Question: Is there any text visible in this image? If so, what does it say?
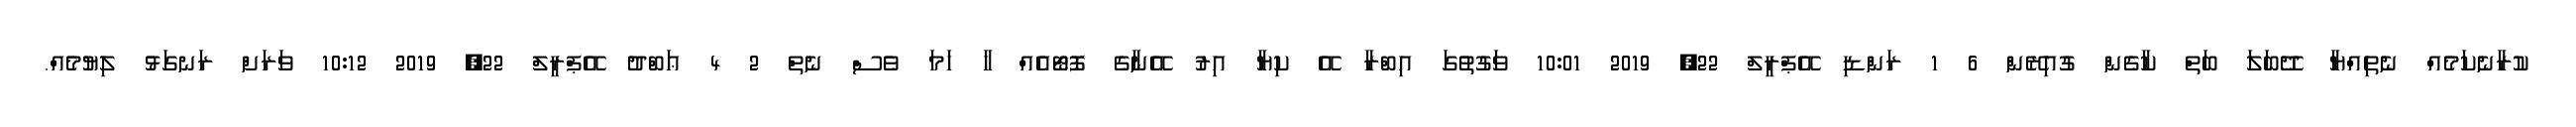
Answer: ކުރާނެކަމެއް ނެތިއްޔާ ދޭބަލަ ބަތް ކާގެން ގުއިރޭން 6 1 ރަންޑި އޭޕްރީލް 22, 2019 10:01 ވަގުތުގަ އިބްރާ އޭ ކިޔާ އިރު އޭނާގެ ފޮޓޯއެއް ހާ ހަމަ ވެސް ނެތް 2 4 ޢަބްދު އޭޕްރީލް 22, 2019 10:12 ވަރަށް ރަނގަޅު ލިޔުމެއް.